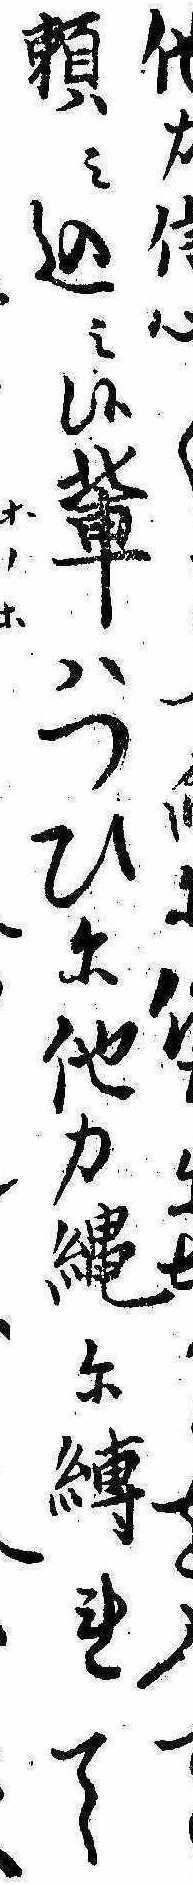
他力信ににちをて頼み込み候輩はつひに他力縄に縛れて